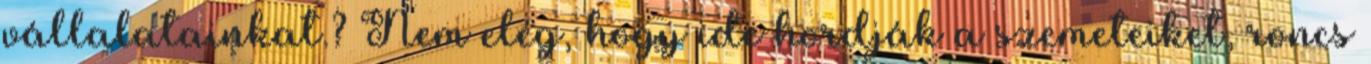
vállalatainkat.? Nem elég, hogy ide hordják a szemeteiket, roncs